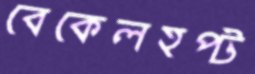
বেকেলহপ্ট